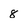
Character: 8